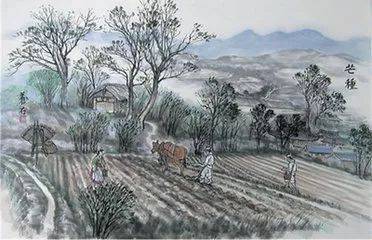
野臣潜随击壤老，日下鼓腹歌可封。